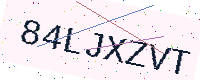
Text: 84LJXZVT